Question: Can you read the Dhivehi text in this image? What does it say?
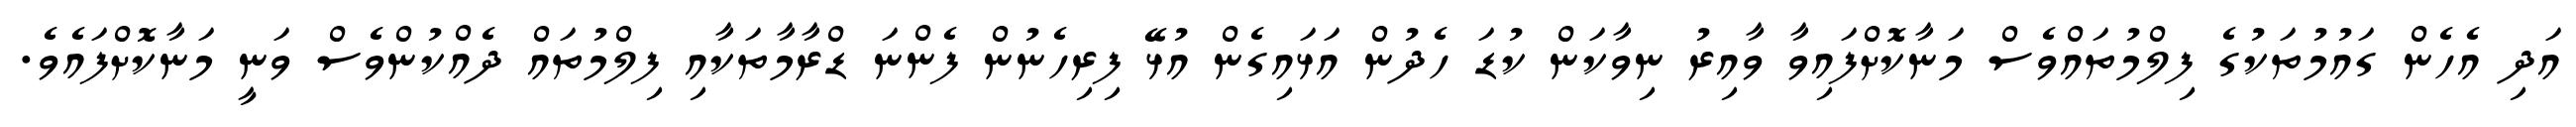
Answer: އަދި އެހެން ގައުމުތަކުގެ ފިލްމުތައްވެސް މަނާކޮށްފައިވާ ވާއިރު ނިވާކަން ކުޑަ ހެދުން އަޅައިގެން އުޅޭ ފިރިހެނުން ފެންނަ ޑްރާމާތަކާއި ފިލްމުތައް ދެއްކުންވެސް ވަނީ މަނާކޮށްފައެވެ.